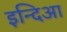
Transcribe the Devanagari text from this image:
इन्दिआ